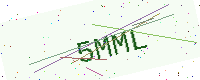
Text: 5MML